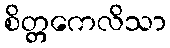
စိတ္တကေလိသာ